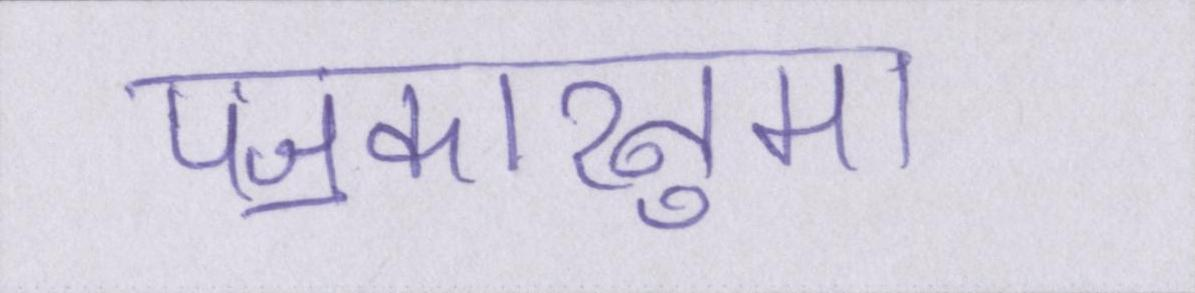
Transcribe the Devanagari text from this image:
पॼकारनुमा